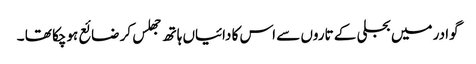
گوادر میں بجلی کے تاروں سے اس کا دائیاں ہاتھ جھلس کر ضائع ہوچکا تھا ۔